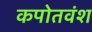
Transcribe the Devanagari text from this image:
कपोतवंश